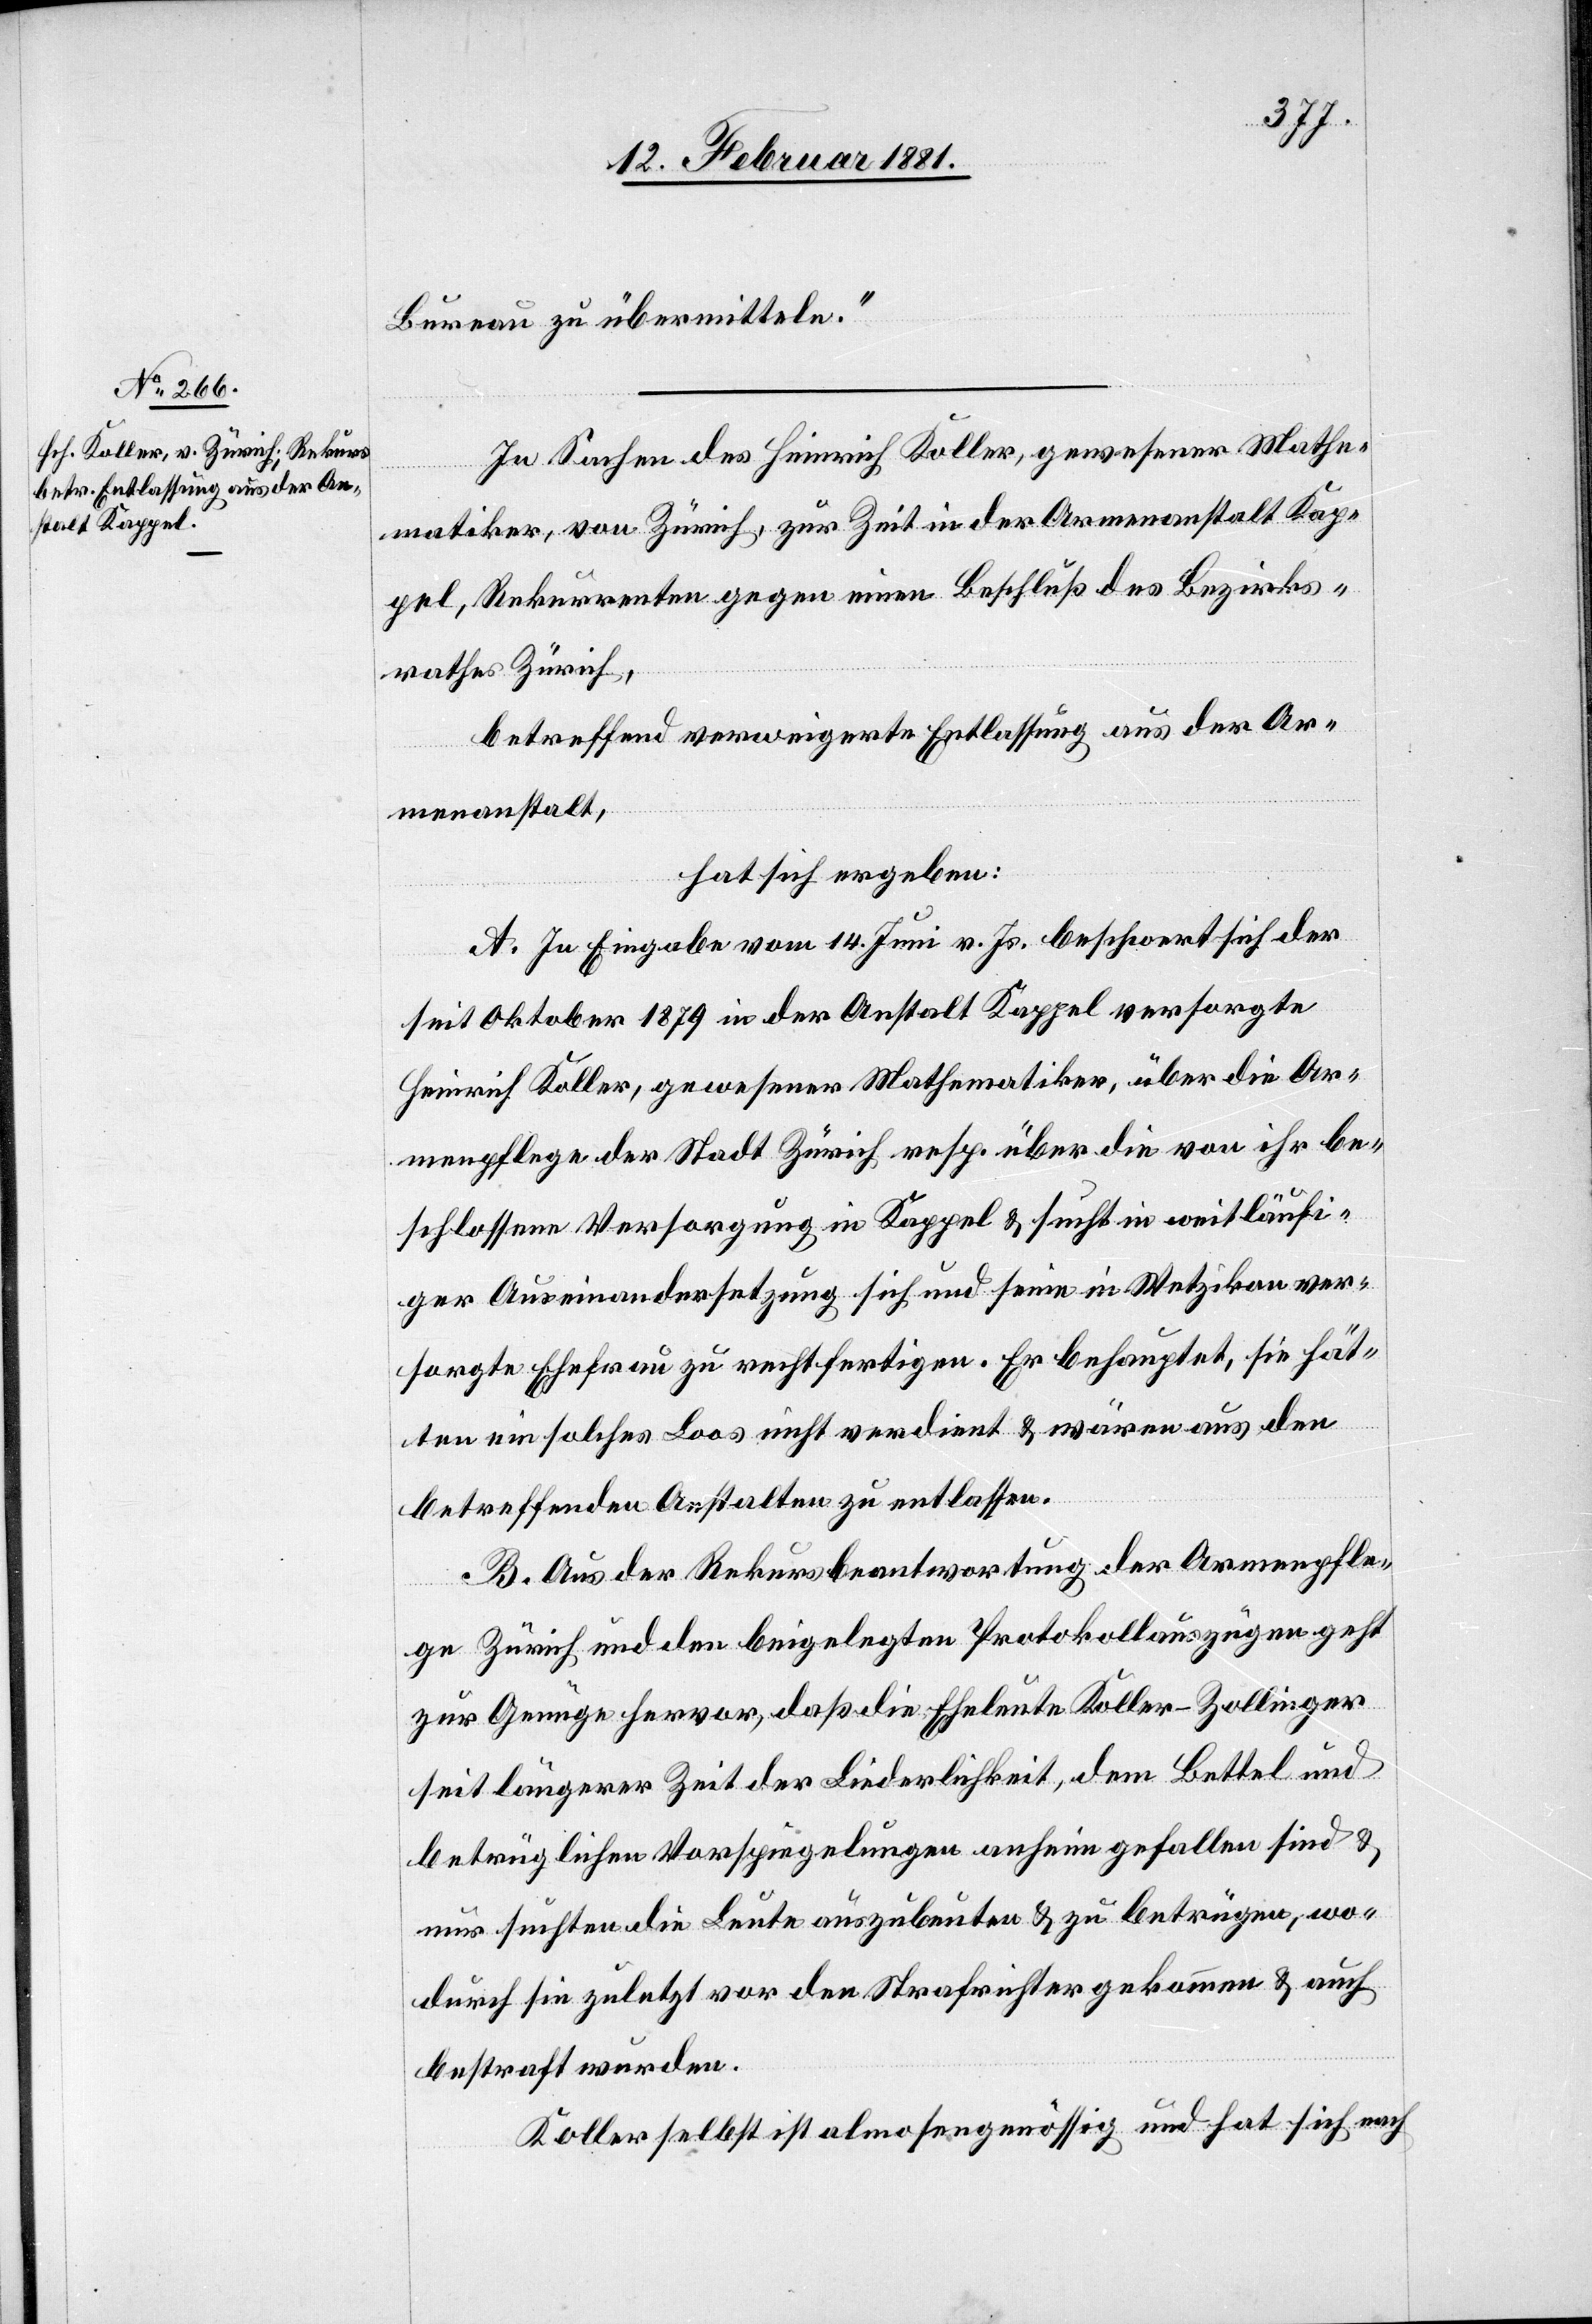
Bureau zu übermitteln.“
In Sachen des Heinrich Koller, gewesener Mathe¬
matiker, von Zürich, zur Zeit in der Armenanstalt Kap¬
pel, Rekurrenten gegen einen Beschluß des Bezirks¬
rathes Zürich,
betreffend verweigerte Entlassung aus der Ar¬
menanstalt,
hat sich ergeben:
A. In Eingabe vom 14. Juni v. Js. beschwert sich der
seit Oktober 1879 in der Anstalt Kappel versorgte
Heinrich Koller, gewesener Mathematiker, über die Ar¬
menpflege der Stadt Zürich, resp. über die von ihr be¬
schlossene Versorgung in Kappel & sucht in weitläufi¬
ger Auseinandersetzung sich und seine in Wetzikon ver¬
sorgte Ehefrau zu rechtfertigen. Er behauptet, sie hät¬
ten ein solches Loos nicht verdient & wären aus den
betreffenden Anstalten zu entlassen.
B. Aus der Rekursbeantwortung der Armenpfle¬
ge Zürich und den beigelegten Protokollauszügen geht
zur Genüge hervor, daß die Eheleute Koller-Zollinger
seit längerer Zeit der Liederlichkeit, dem Bettel und
betrüglichen Vorspiegelungen anheim gefallen sind &
nur suchten die Leute auszubeuten & zu betrügen, wo¬
durch sie zuletzt vor den Strafrichter gekommen & auch
bestraft wurden.
Koller selbst ist almosengenössig und hat sich nach